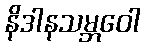
နိဒါနသမ္ဘဝေါ